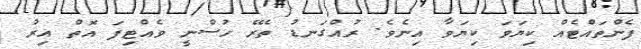
ފެންތައްޓެއް ކިޔަވަ ކިޔަވާ އިނެވެ. ރުއްގަނޑު ތެރޭ ހުސްނީ ވެއްޓިފަ އޮތް އިރު